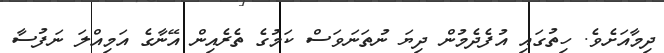
ދިމާއަށެވެ. ހިތުގައި އުފެދެމުން ދިޔަ ނުތަނަވަސް ކަމުގެ ތެރެއިން އޭނާގެ އަމިއްލަ ނަފުސާ